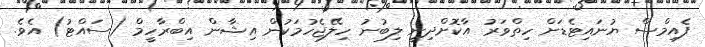
ފެއިމްސް ޔުނައިޓެޑަށް ހިތްވަރު އާކޮށްދިނީ ލިބުނު ހިލޭޖެހުމަކުން އިޝާން އިބްރާހީމް (ސައްޓު) އެވެ.